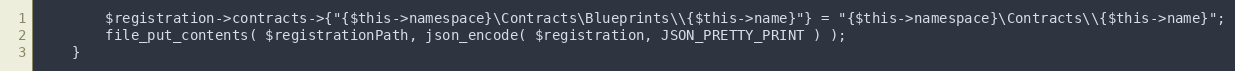
Language: PHP
		$registration->contracts->{"{$this->namespace}\Contracts\Blueprints\\{$this->name}"} = "{$this->namespace}\Contracts\\{$this->name}";
		file_put_contents( $registrationPath, json_encode( $registration, JSON_PRETTY_PRINT ) );
	}